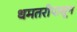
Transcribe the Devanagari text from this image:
धमतरीपासून